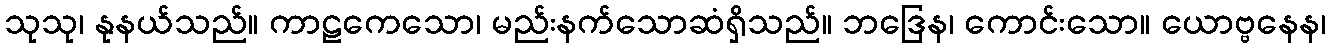
သုသု၊ နုနယ်သည်။ ကာဠကေသော၊ မည်းနက်သောဆံရှိသည်။ ဘဒြေန၊ ကောင်းသော။ ယောဗ္ဗနေန၊